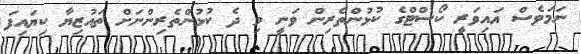
ނަމަވެސް އައިވަރީ ކޯސްޓްގެ ކުޅުންތެރިން ވަނީ މި ދެ ކުޅުންތެރިންނަށް ތައުޒިޔާ ކިޔައިފަ